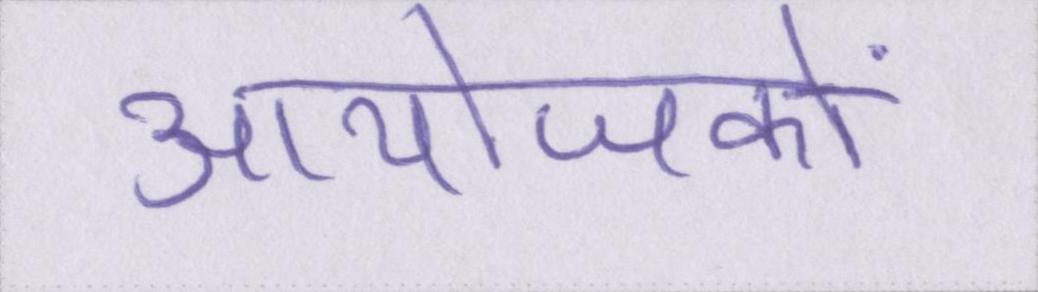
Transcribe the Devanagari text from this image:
आयोजकों